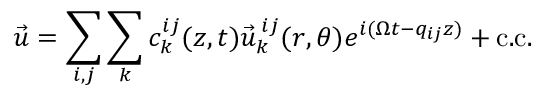
\vec { u } = \sum _ { i , j } \sum _ { k } c _ { k } ^ { i j } ( z , t ) \vec { u } _ { k } ^ { \: i j } ( r , \theta ) e ^ { i ( \Omega t - q _ { i j } z ) } + \mathrm { c . c . }